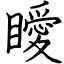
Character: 瞹